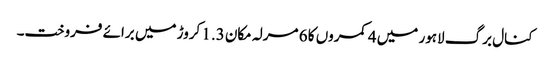
کنال برگ لاہور میں 4 کمروں کا 6 مرلہ مکان 1.3 کروڑ میں برائے فروخت۔